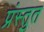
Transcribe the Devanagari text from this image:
प्रंस्तुत